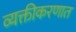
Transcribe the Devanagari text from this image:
व्यक्तीकरणात